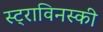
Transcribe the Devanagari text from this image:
स्ट्राविनस्की